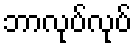
ဘာလုပ်လုပ်